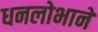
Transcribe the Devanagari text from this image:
धनलोभाने